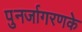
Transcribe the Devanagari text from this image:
पुनर्जागरणके